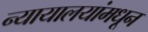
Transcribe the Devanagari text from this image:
न्यायालयांमधून